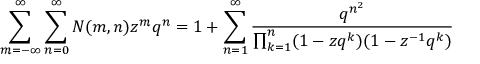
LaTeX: \sum _ { m = - \infty } ^ { \infty } \sum _ { n = 0 } ^ { \infty } N ( m , n ) z ^ { m } q ^ { n } = 1 + \sum _ { n = 1 } ^ { \infty } { \frac { q ^ { n ^ { 2 } } } { \prod _ { k = 1 } ^ { n } ( 1 - z q ^ { k } ) ( 1 - z ^ { - 1 } q ^ { k } ) } }